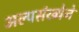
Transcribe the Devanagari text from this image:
अल्पसंख्येने